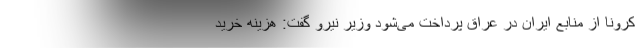
کرونا از منابع ایران در عراق پرداخت می‌شود وزیر نیرو گفت: هزینه خرید